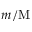
m / \mathrm { M }